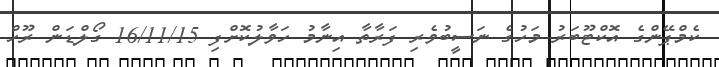
ކެމްޕޭންގެ އޮކްޓޫބަރު މަހުގެ ނަސީބުވެރި ފަރާތާ އިނާމު ހަވާލުކޮށްފި 16/11/15 ގޯލްޑަން ރޫހް